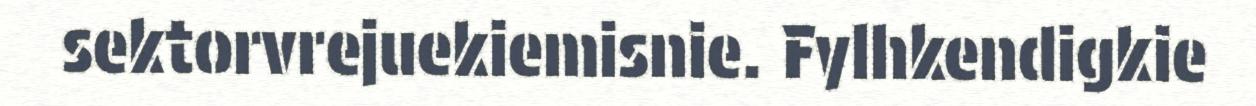
sektorvrejuekiemisnie. Fylhkendigkie